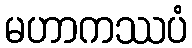
မဟာကဿပံ